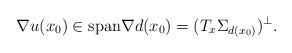
LaTeX: \begin{align*}\nabla u (x_{0}) \in \mathrm{span}{\nabla d (x_{0})} = (T_{x}\Sigma_{d(x_{0})})^{\perp}.\end{align*}